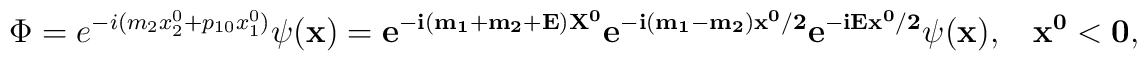
\Phi = e^{-i(m_2x_2^0+p_{10}x_1^0)}\psi(\bf{x}) = e^{-i(m_1+m_2+E)X^0}e^{-i(m_1-m_2)x^0/2}e^{-iEx^0/2}\psi(\bf{x}),\ \ \ \ x^0<0,